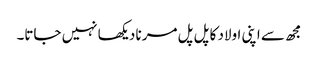
مجھ سے اپنی اولاد کا پل پل مرنا دیکھا نہیں جاتا۔